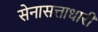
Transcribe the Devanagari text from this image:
सेनासत्ताधारी